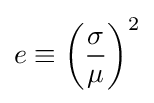
e\equiv \left({\frac {\sigma }{\mu }}\right)^{2}